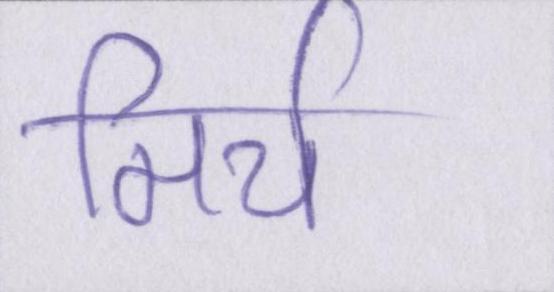
मिर्च